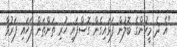
"އެ ދެ މީހުންގެ ބޮލުން ފަޅައިގެން ގޮސްފައި ހުރި ތަންތަން ފަހައި ފަރުވާ